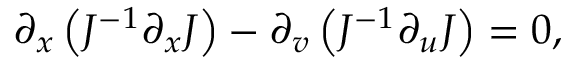
\partial _ { x } \left( J ^ { - 1 } \partial _ { x } J \right) - \partial _ { v } \left( J ^ { - 1 } \partial _ { u } J \right) = 0 ,